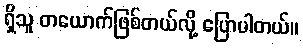
ရှိသူ တယောက်ဖြစ်တယ်လို့ ပြောပါတယ်။